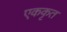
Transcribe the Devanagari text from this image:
एककृत